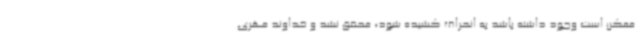
ممکن است وجود داشته باشد به انحراف کشیده شود، محقق نشد و خداوند مهری